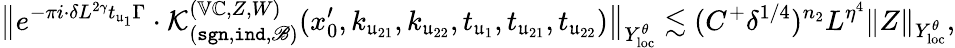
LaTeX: \big\| e^{-\pi i\cdot\delta L^{2\gamma}t_{\mathfrak u_{1}}\Gamma}\cdot\mathcal K_{(\mathtt{sgn},\mathtt{ind},\mathscr B)}^{(\mathbb V\mathbb C,Z,W)}(x_{0}^{\prime},k_{\mathfrak u_{21}},k_{\mathfrak u_{22}},t_{\mathfrak u_{1}},t_{\mathfrak u_{21}},t_{\mathfrak u_{22}})\big\| _{Y_{\mathrm{loc}}^{\theta}}\lesssim(C^{+}\delta^{1/4})^{n_{2}}L^{\eta^{4}}\| Z\| _{Y_{\mathrm{loc}}^{\theta}},